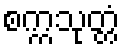
စက္ကသုတ္တံ